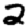
Digit: 2